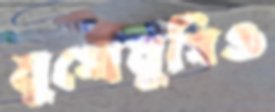
মুখোমুখিও